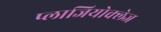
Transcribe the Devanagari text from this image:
प्लाजियोक्लेज